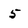
Character: 5